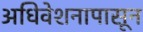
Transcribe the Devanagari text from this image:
अधिवेशनापासून